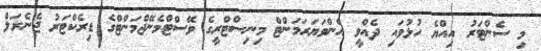
މި ސެންޓަރު އިއްޔެ ހުޅުވައި ދެއްވީ އެންވަޔަރަމަންޓް މިނިސްޓްރީގެ ވޭސްޓްމެނޭޖްމަންޓްގެ ޑިރެކްޓަރު ޖެނެރަލް